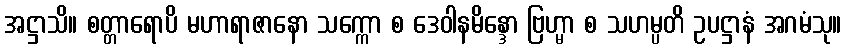
အဋ္ဌာသိ။ စတ္တာရောပိ မဟာရာဇာနော သက္ကော စ ဒေဝါနမိန္ဒော ဗြဟ္မာ စ သဟမ္ပတိ ဥပဋ္ဌာနံ အဂမံသု။